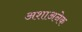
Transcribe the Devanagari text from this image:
अशाअनेक